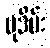
မုဒိမ်း